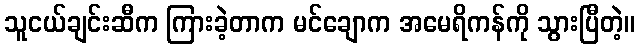
သူငယ်ချင်းဆီက ကြားခဲ့တာက မင်ချောက အမေရိကန်ကို သွားပြီတဲ့။